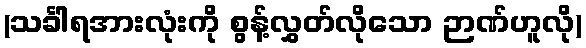
(သင်္ခါရအားလုံးကို စွန့်လွှတ်လိုသော ဉာဏ်ဟူလို)